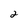
Character: 2